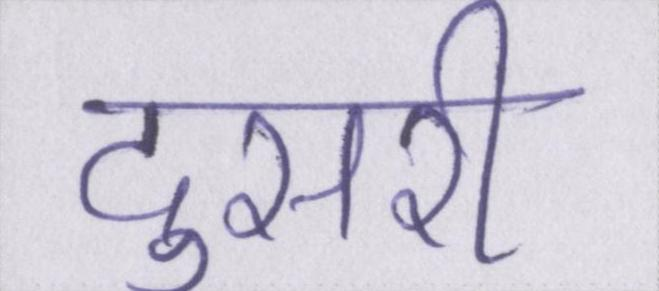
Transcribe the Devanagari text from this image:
दुसरी